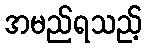
အမည်ရသည့်